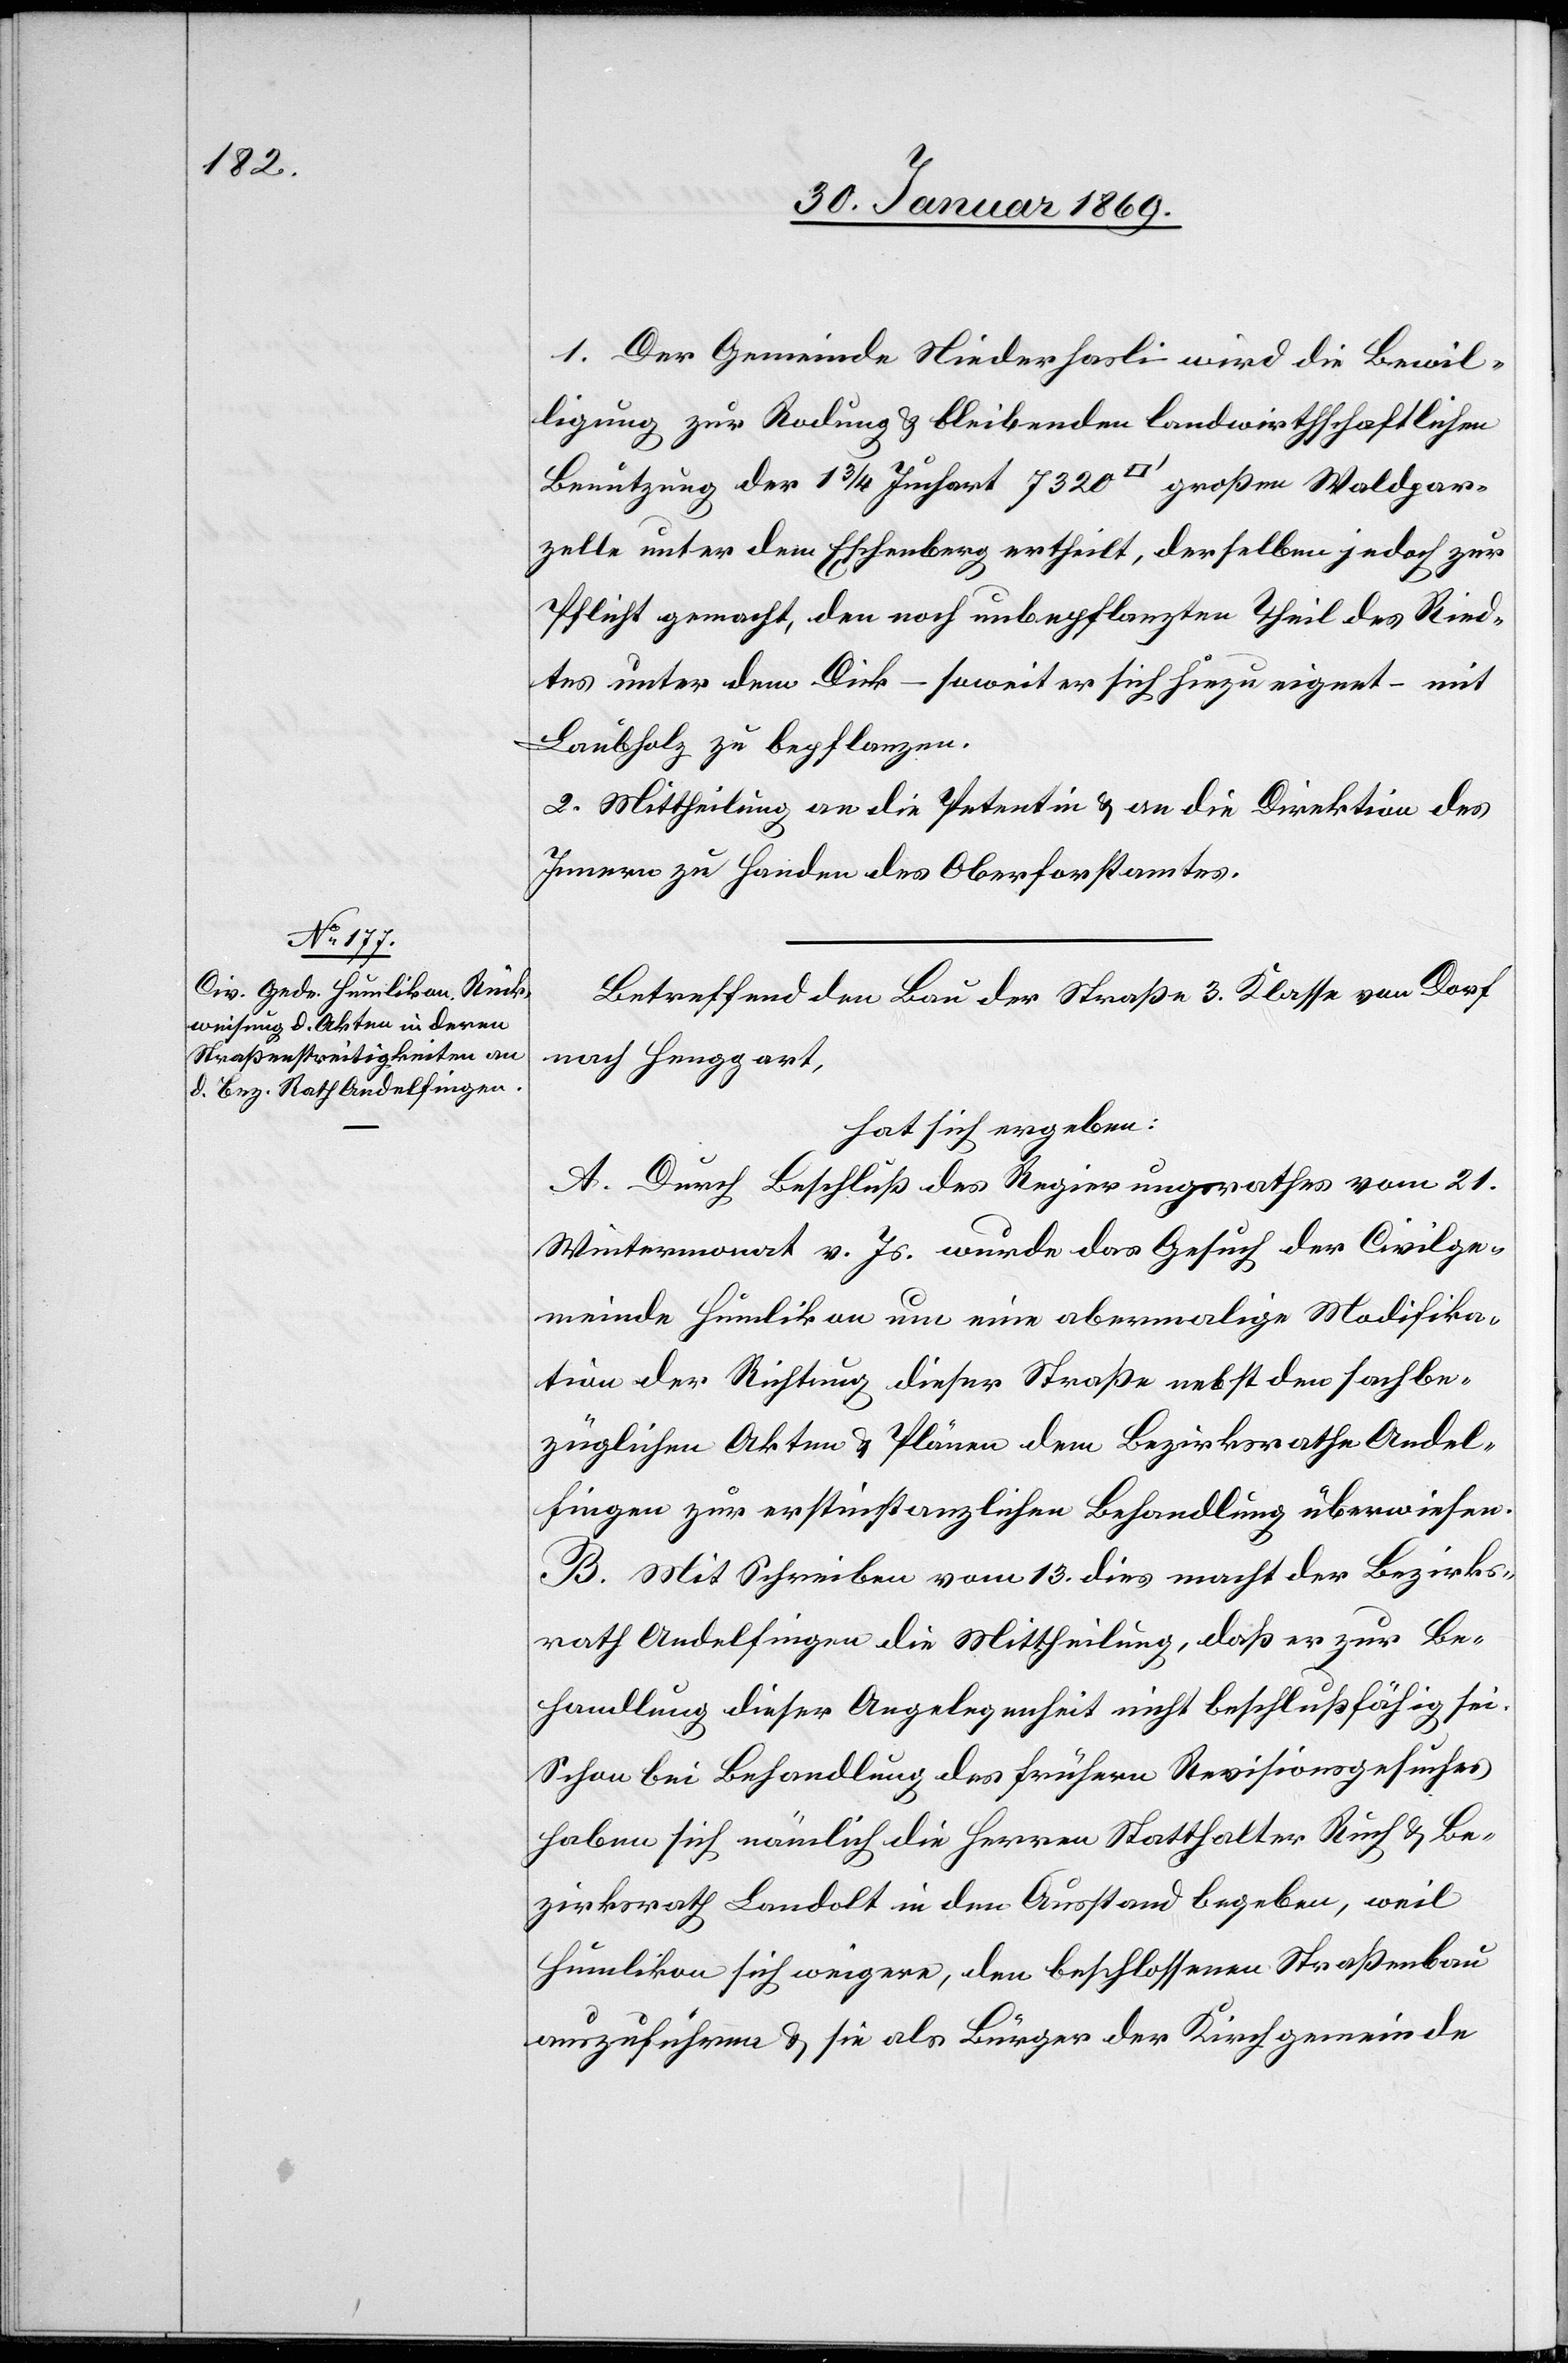
1. Der Gemeinde Niederhasli wird die Bewil¬
ligung zur Rodung u. bleibenden landwirthschaftlichen
Benutzung der 1 3/4 Juchart 7320 [Quadratfuss] großen Waldpar¬
zelle unter dem Eschenberg ertheilt, derselben jedoch zur
Pflicht gemacht, den noch unbepflanzten Theil des Ried¬
tes unter dem Dick – soweit er sich hiezu eignet – mit
Laubholz zu bepflanzen.
2. Mittheilung an die Petentin u. an die Direktion des
Innern zu Handen des Oberforstamtes.
Betreffend den Bau der Straße 3 Klasse vom Dorf
nach Henggart,
hat sich ergeben:
A. Durch Beschluß des Regierungsrathes vom 21.
Wintermonat v. Js. wurde das Gesuch der Civilge¬
meinde Humlikon um eine abermalige Modifika¬
tion der Richtung dieser Straße nebst den sachbe¬
züglichen Akten u. Plänen dem Bezirksrathe Andel¬
fingen zur erstinstanzlichen Behandlung überwiesen.
B. Mit Schreiben vom 13. dies macht der Bezirks¬
rath Andelfingen die Mittheilung, daß er zur Be¬
handlung dieser Angelegenheit nicht beschlussfähig sei.
Schon bei der Behandlung des frühern Revisionsgesuches
haben sich nämlich die Herren Statthalter Ruch u. Be¬
zirksrath Landolt in den Ausstand begeben, weil
Humlikon sich weigere, den beschlossenen Straßenbau
auszuführen u. sie als Bürger der Kirchgemeinde